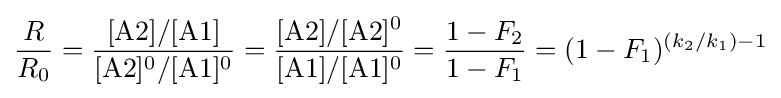
{R \over R_{0}}={\ce {{\frac {[A2]/[A1]}{[A2]^0/[A1]^0}}}}={\ce {{\frac {[A2]/[A2]^0}{[A1]/[A1]^0}}}}={\frac {1-F_{2}}{1-F_{1}}}=(1-F_{1})^{(k_{2}/k_{1})-1}